65_HS1-834228961_62-HQ-83894_Section_7
Agency: FBI
Page 119
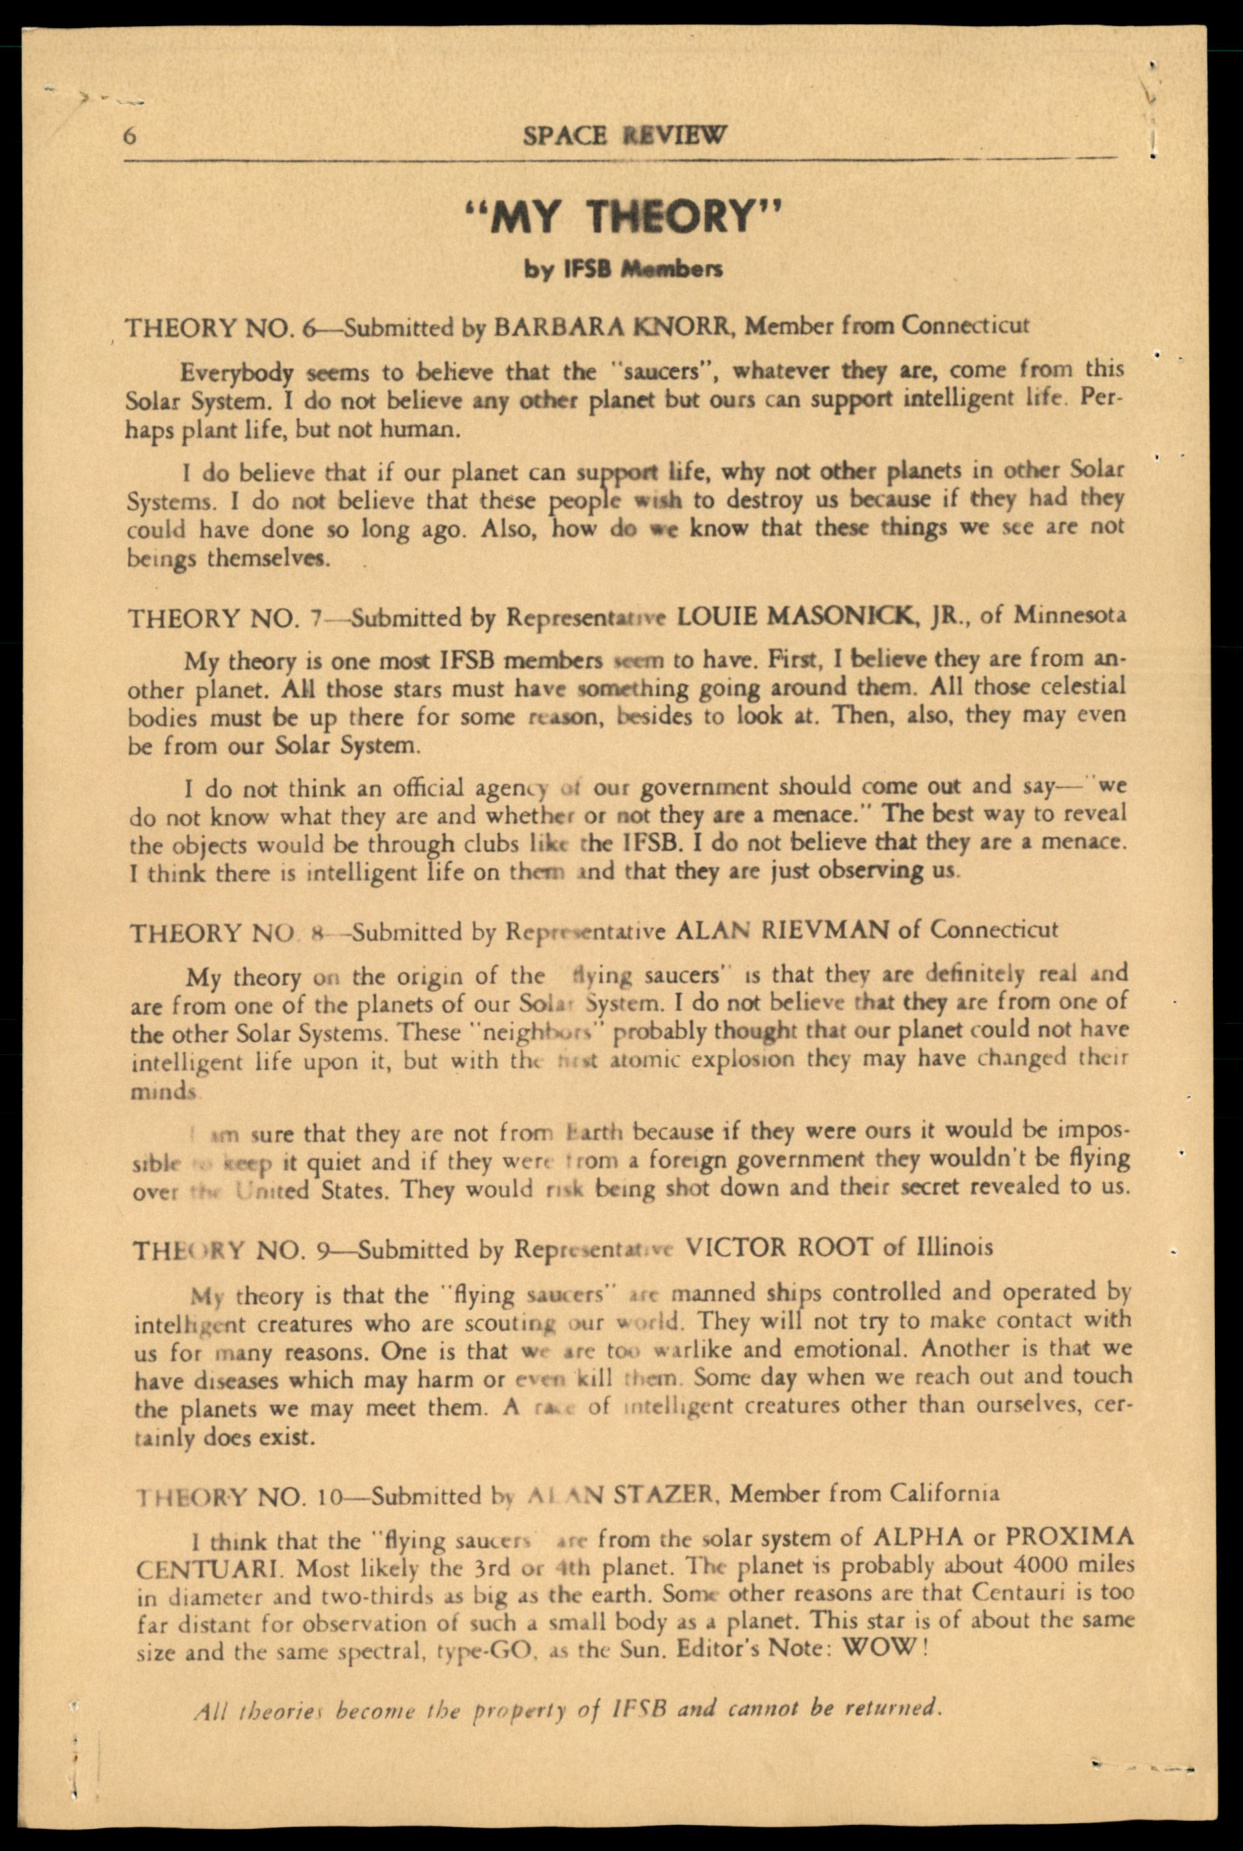